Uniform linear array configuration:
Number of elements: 8
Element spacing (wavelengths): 0.5
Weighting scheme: exponential
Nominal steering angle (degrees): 30
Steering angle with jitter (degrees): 31.11
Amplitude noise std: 0.05
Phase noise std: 0.05

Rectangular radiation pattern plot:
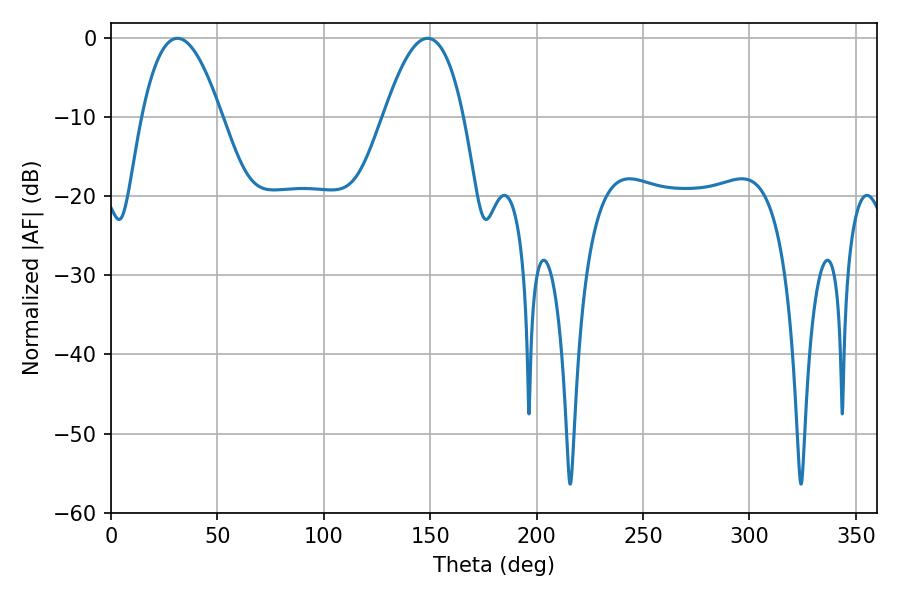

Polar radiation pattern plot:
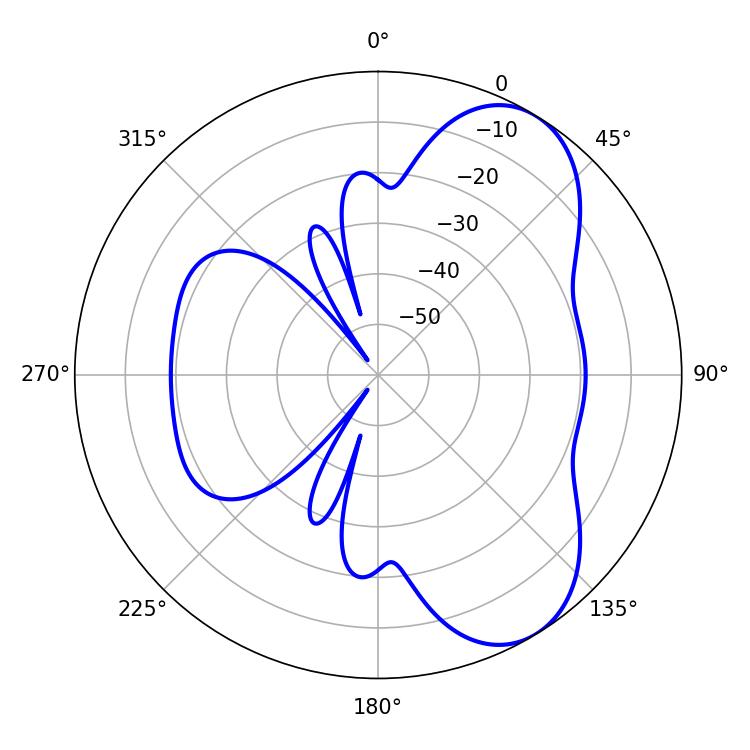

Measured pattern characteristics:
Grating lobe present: FALSE
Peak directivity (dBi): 6.901
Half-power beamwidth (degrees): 20.52
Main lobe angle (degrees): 31.14